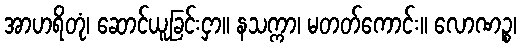
အာဟရိတုံ၊ ဆောင်ယူခြင်းငှာ။ နသက္ကာ၊ မတတ်ကောင်း။ လောဏဉ္စ၊